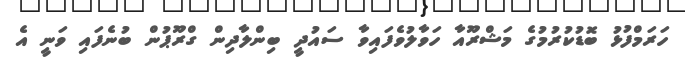
ހަރަމްފުޅު ބޮޑުކުރުމުގެ މަޝްރޫއާ ހަވާލުވެފައިވާ ސައުދީ ބިންލާދިން ގްރޫޕުން ބުނެފައި ވަނީ އެ